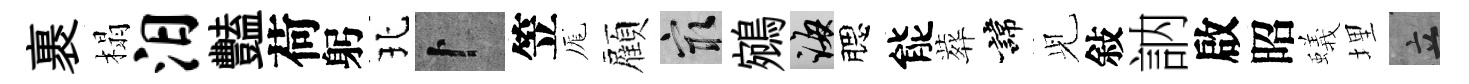
裹榻汨豔荷躬北卜笠厖顏冣鵷誨腮能葬諱𫤗敍訥啟昭蟻埋立